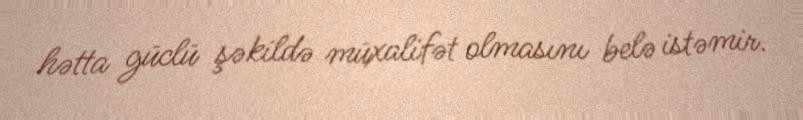
hətta güclü şəkildə müxalifət olmasını belə istəmir.